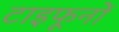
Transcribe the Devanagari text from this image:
टाइफूनों